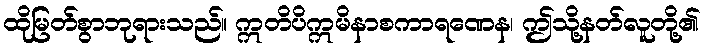
ထိုမြတ်စွာဘုရားသည်။ ဣတိပိဣမိနာစကာရဏေန၊ ဤသို့နတ်လူတို့၏